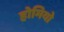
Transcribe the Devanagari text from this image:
होमियो